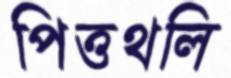
পিত্তথলি